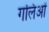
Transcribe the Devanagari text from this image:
गलिओं